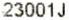
23001J